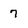
Character: 7